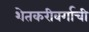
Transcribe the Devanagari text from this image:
शेतकरीवर्गाची